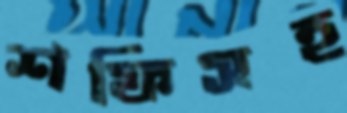
শফিসহ